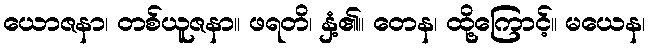
ယောဇနာ၊ တစ်ယူဇနာ။ ဖရတိ၊ နှံ့၏။ တေန၊ ထို့ကြောင့်။ မယေန၊